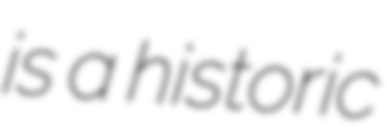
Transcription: is a historic